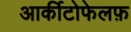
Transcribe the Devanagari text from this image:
आर्कीटोफेलफ़